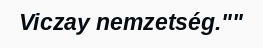
Viczay nemzetség.""